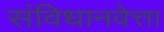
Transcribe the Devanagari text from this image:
संविधानवेत्ता